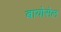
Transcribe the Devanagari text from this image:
बायोसेल